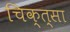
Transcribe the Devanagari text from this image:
चिक्त्सा